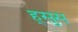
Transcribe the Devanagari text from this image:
ह्सुस